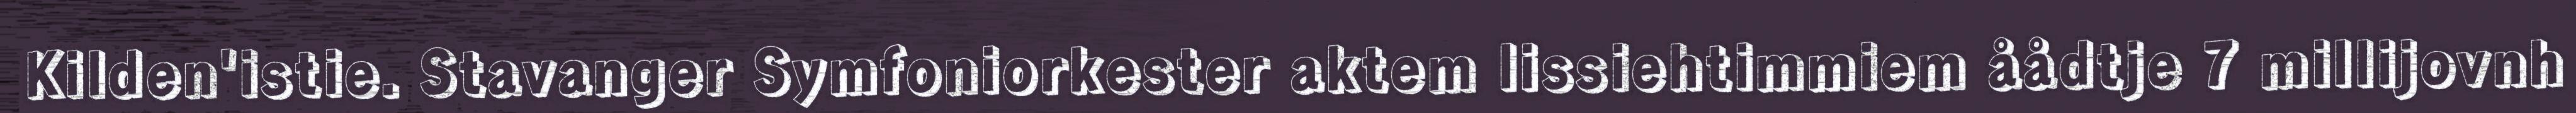
Kilden'istie. Stavanger Symfoniorkester aktem lissiehtimmiem åådtje 7 millijovnh